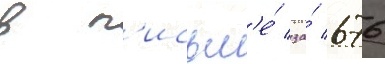
в п'исьм'е́ за́ 676